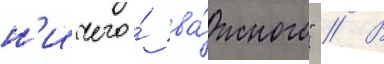
н'ичего́ ва́жного" // В